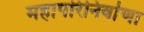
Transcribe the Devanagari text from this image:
महापरिनिर्वाणा